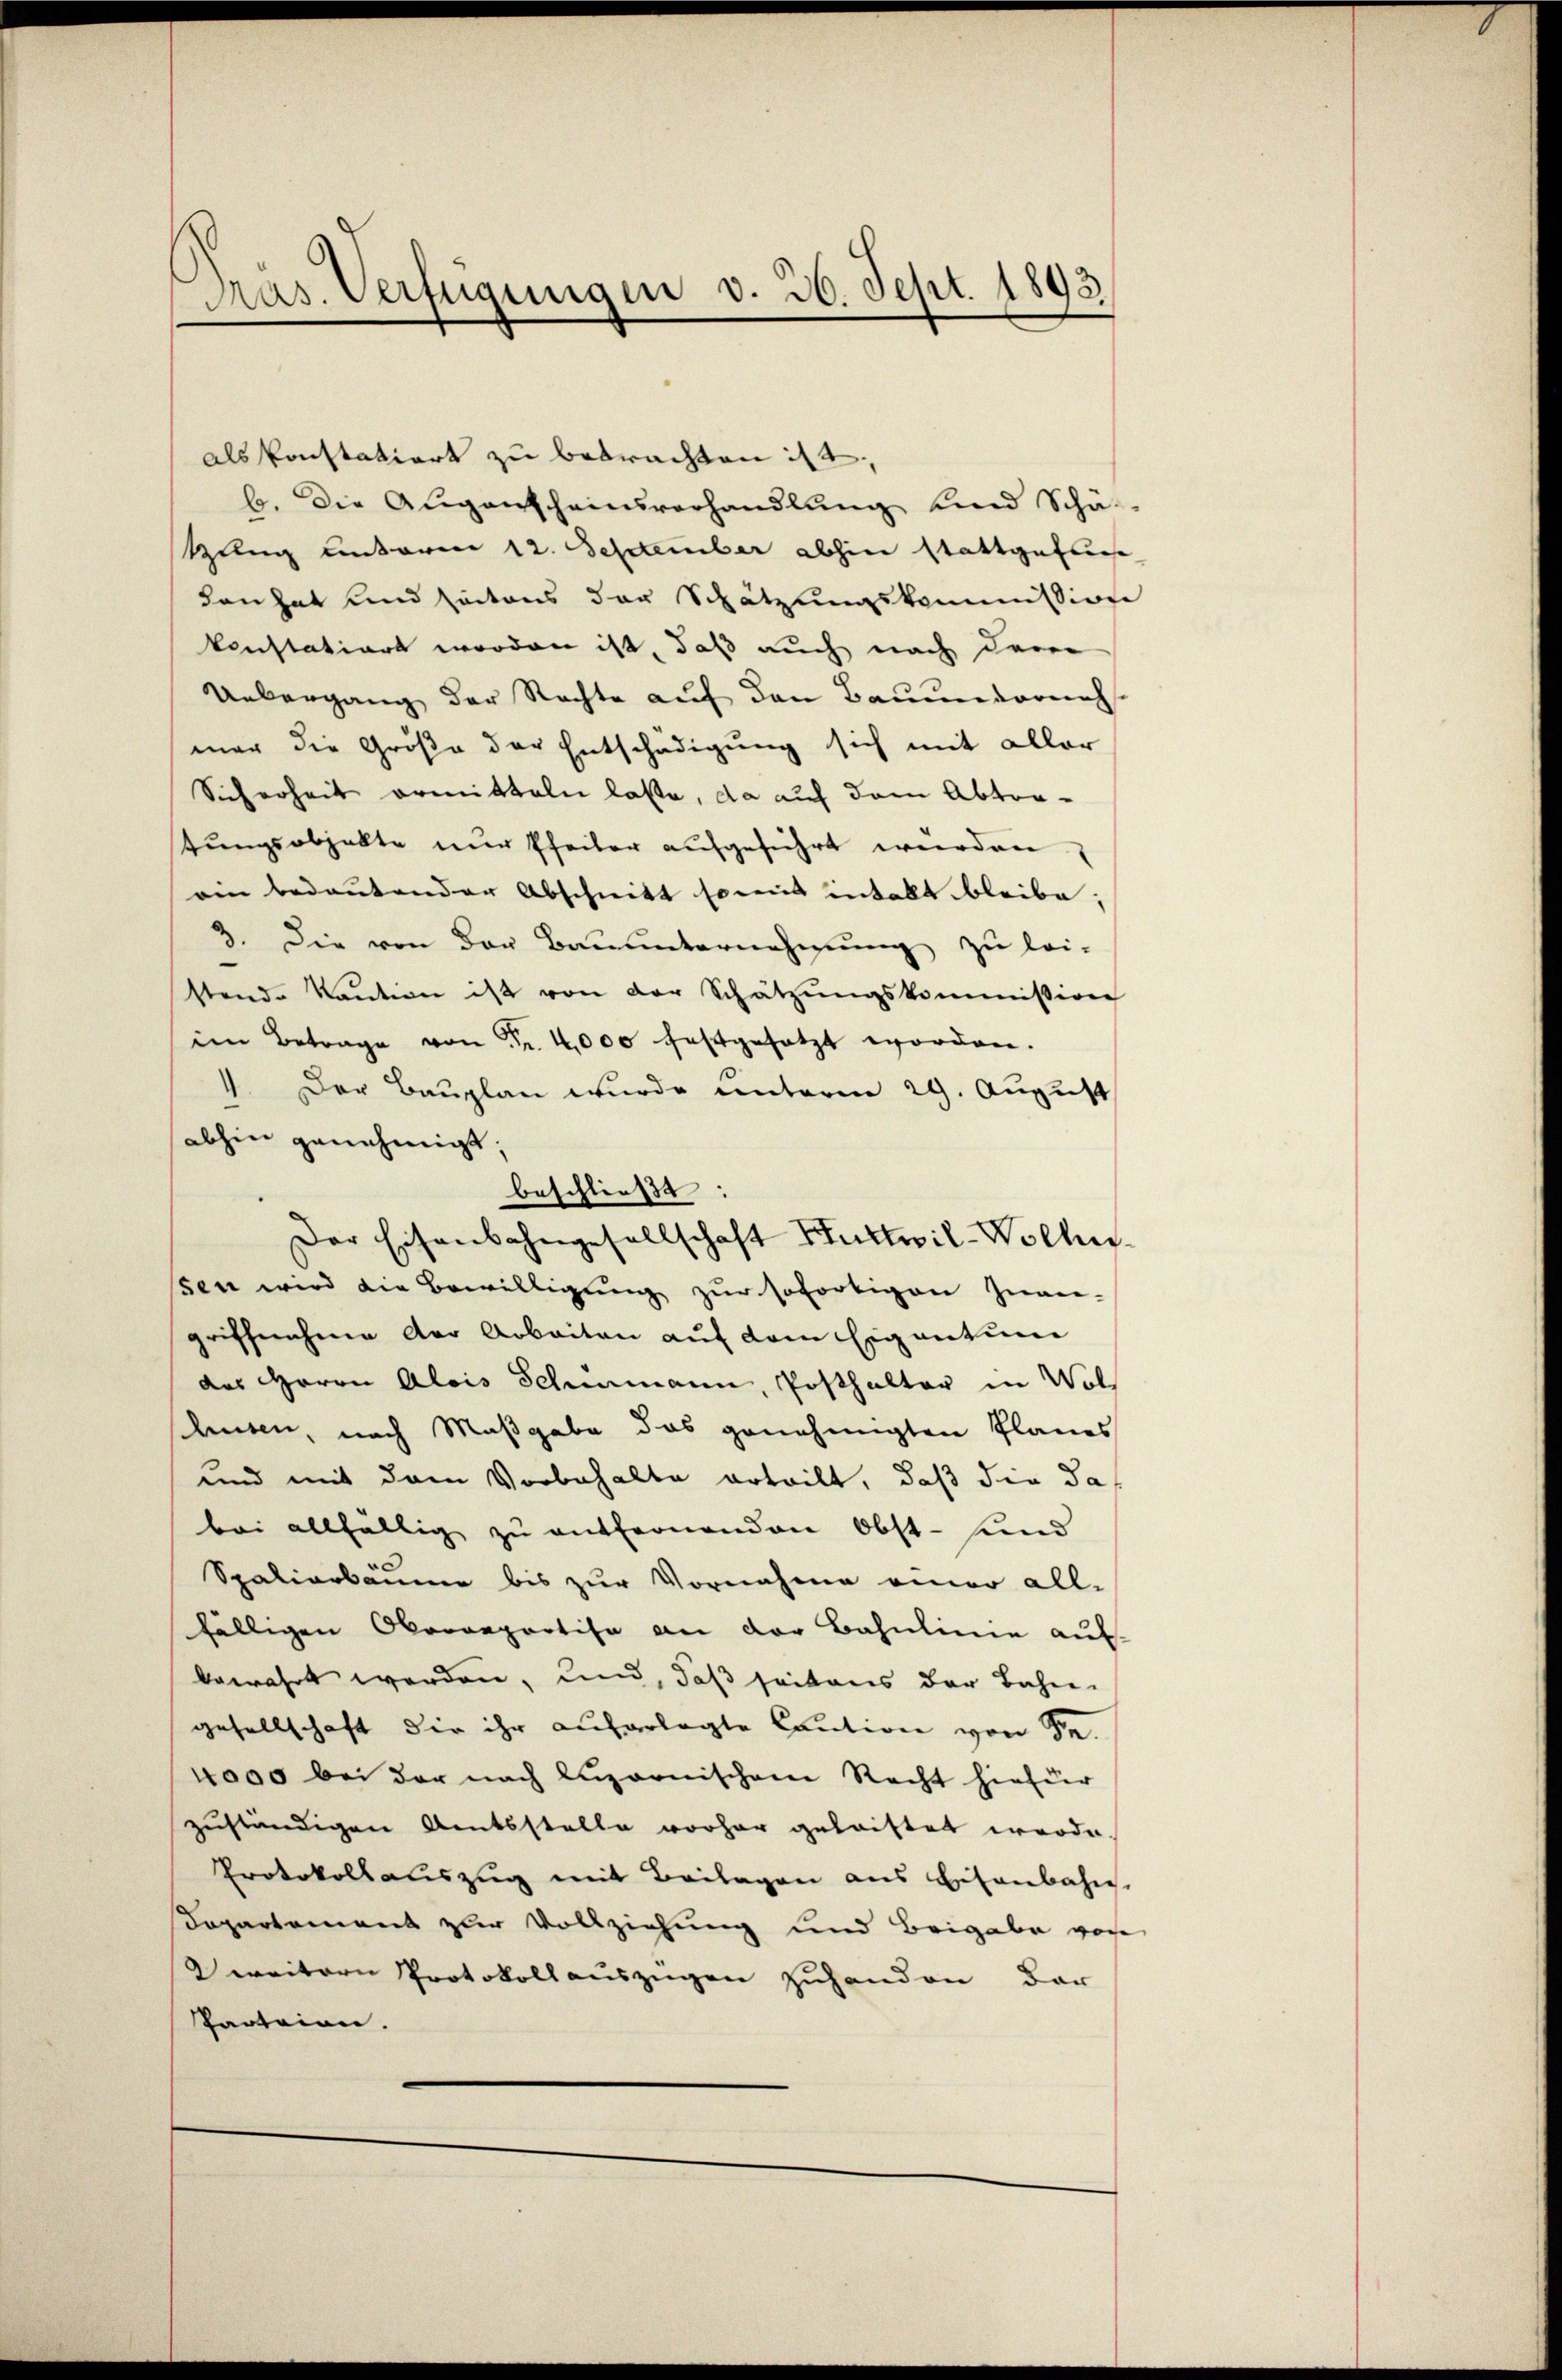
Pras. Verfügungen v. 30. Sept. 1892.

als konstatiort zu betrachten ist,
b. Die Aŭgenscheinsverhandlŭng und Scha
Zelug unterm 12. September abhin stattgefun
dan hat und seitens der Schätzungskommission
konstation worden ist, daß auch nach dem
Uebergang der Rechte auf den Bauendorneh
mar die Größe der Entschädigung sich mit aller
Sicherheit ermitteln lasse, da auf dem Abtratungsobjekte nur Pfeiler aufgeführt werden.
ain bedeutender Abschnitt somit intellt bleibe;
3. Die von der Bauunternehmung zu lei-
stende Kaŭtion ist von der Schätzŭngskommission
im Betrage von Fr. 4,000 festgesetzt worden.
1. Der Bauplan wurde unterm 29. August
abhin genehmigt;
beschließt:
ssen wird die Bewilligung zur sofortigen Zuver-
griffnahme der Arbeiten auf dem Eigentum
das Herrn Alois Schömann, Posthalter in Wol
schusen, nach Maßgabe das genehmigten Planes
und mit dem Vorbehalte erteilt, daß die Sabei allfällig zu entfernenden Obst- und
Spaliarbäume bis zur Vornahme einer all-
fälligen Oberoeportise an der Bahnlinie aus-
bewahrt werden, und, daß seitens der Bahn-
gesellschaft die ihr aufgelegte Caution von Se.
4000 bei der nach Luzernischen Recht hiefür
zuständigen Amtsstelle vorher getriftet worde.
Protokollauszug mit Beilagen aus betenbahn
Departement zur Vollziehung und Beigabe von
2 weitern Protokoll auszügen zuhanden, dar
Parteien.

Der Eisenbahngesellschaft Huttwil-Wolhn